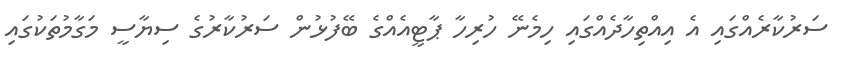
ސަރުކާރެއްގައި އެ އިއްތިހާދެއްގައި ހިމެނޭ ހުރިހާ ޕާޓީއެއްގެ ބޭފުޅުން ސަރުކާރުގެ ސިޔާސީ މަގާމުތަކުގައި